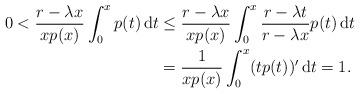
LaTeX: \begin{align*} 0 < \frac{ r - \lambda x }{xp(x)}\int_0^{x} p(t)\,\mathrm{d}t &\le \frac{ r - \lambda x }{xp(x)}\int_0^{x} \frac{ r - \lambda t}{r - \lambda x} p(t)\,\mathrm{d}t \\ &= \frac{ 1 }{xp(x)}\int_0^{x} (t p(t))' \,\mathrm{d}t =1.\end{align*}